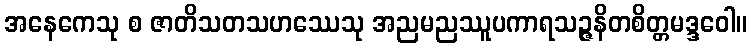
အနေကေသု စ ဇာတိသတသဟဿေသု အညမညဿူပကာရသဉ္ဇနိတစိတ္တမဒ္ဒဝေါ။